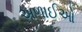
અળાઈઓ